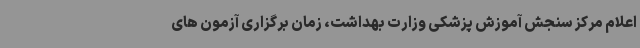
اعلام مرکز سنجش آموزش پزشکی وزارت بهداشت، زمان برگزاری آزمون های